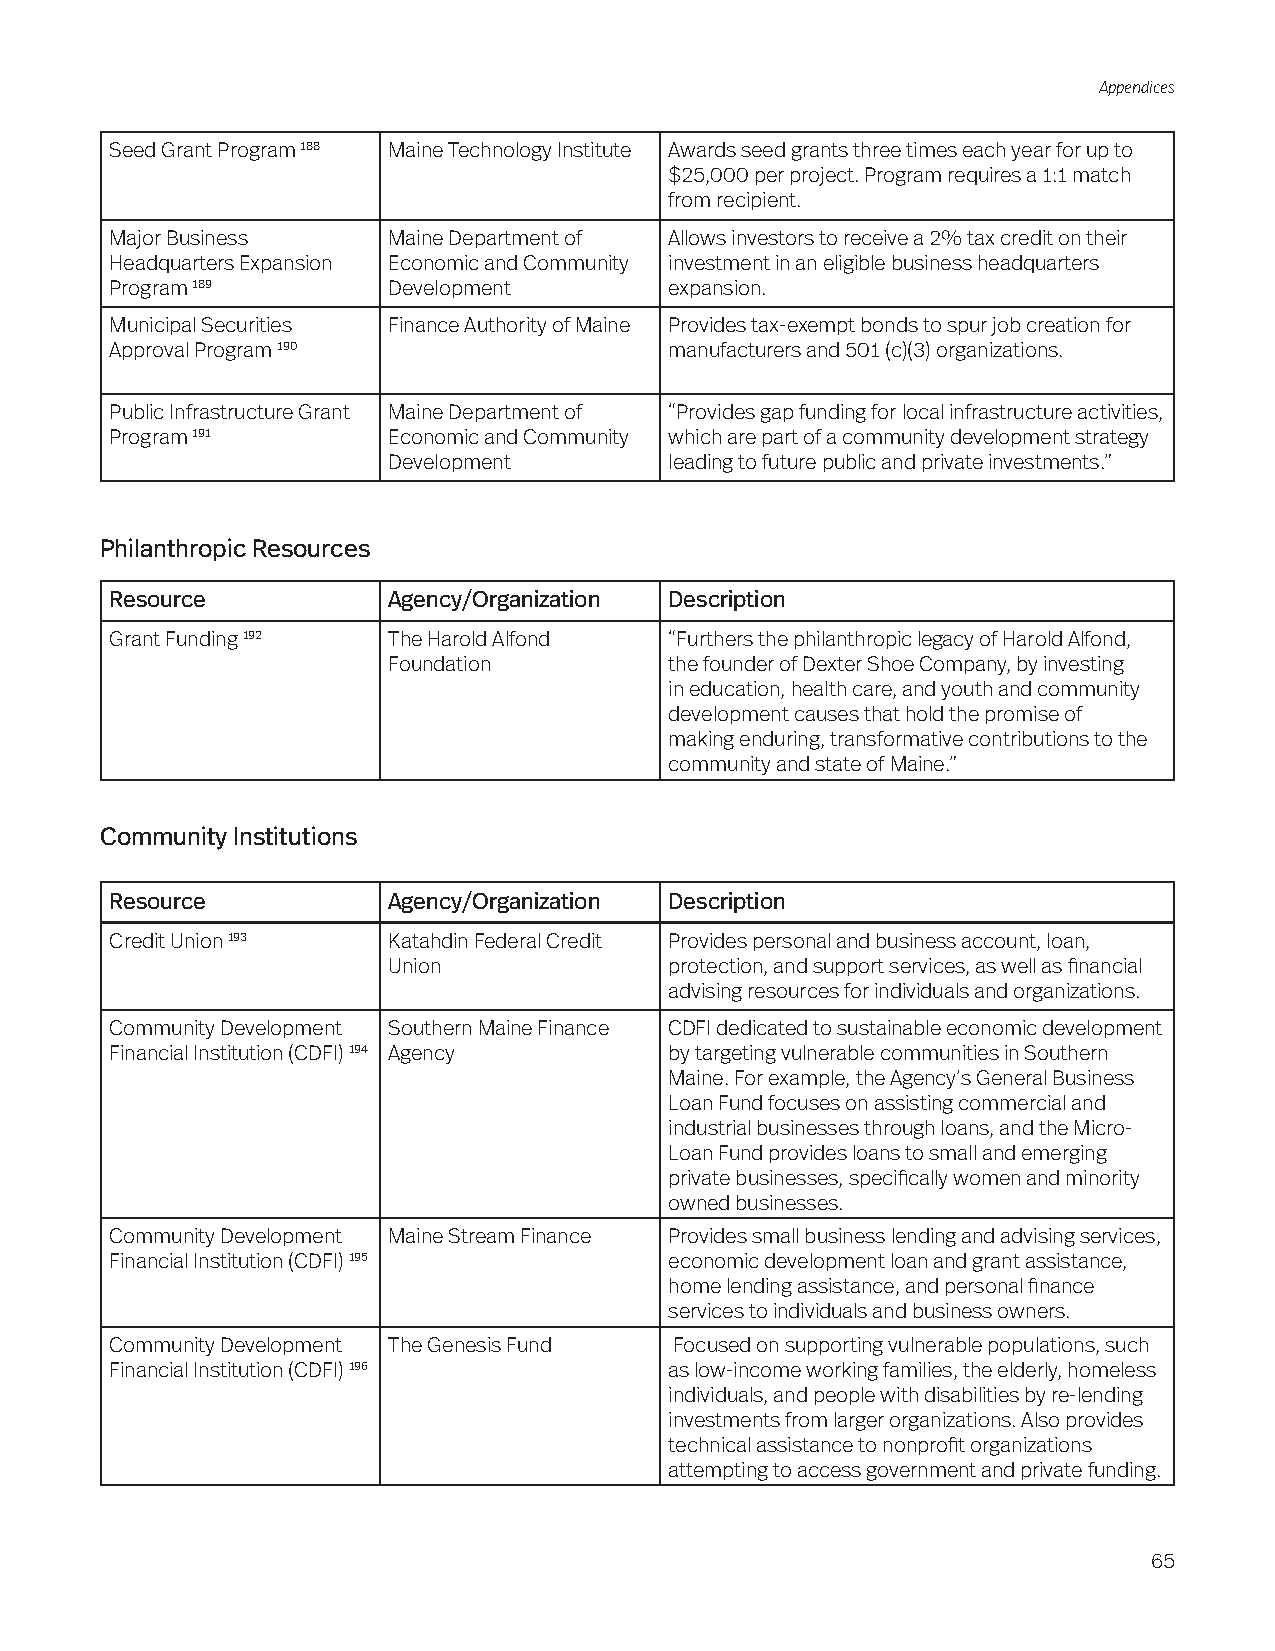
Appendices
 Seed Grant Program 188 Maine Technology Institute Awards seed grants three times each year for up to
 $25,000 per project. Program requires a 1:1 match
 from recipient.
 Major Business     Maine Department of Allows investors to receive a 2% tax credit on their
 Headquarters Expansion Economic and Community investment in an eligible business headquarters
 Program 189        Development       expansion.
 Municipal Securities Finance Authority of Maine Provides tax-exempt bonds to spur job creation for
 Approval Program 190                 manufacturers and 501 (c)(3) organizations.
 Public Infrastructure Grant Maine Department of “Provides gap funding for local infrastructure activities,
 Program 191        Economic and Community which are part of a community development strategy
 Development       leading to future public and private investments.”
 Philanthropic Resources
 Resource           Agency/Organization Description
 Grant Funding 192  The Harold Alfond “Furthers the philanthropic legacy of Harold Alfond,
 Foundation        the founder of Dexter Shoe Company, by investing
 in education, health care, and youth and community
 development causes that hold the promise of
 making enduring, transformative contributions to the
 community and state of Maine.”
 Community Institutions
 Resource           Agency/Organization Description
 Credit Union 193   Katahdin Federal Credit Provides personal and business account, loan,
 Union             protection, and support services, as well as financial
 advising resources for individuals and organizations.
 Community Development Southern Maine Finance CDFI dedicated to sustainable economic development
 Financial Institution (CDFI) 194 Agency by targeting vulnerable communities in Southern
 Maine. For example, the Agency’s General Business
 Loan Fund focuses on assisting commercial and
 industrial businesses through loans, and the Micro-
 Loan Fund provides loans to small and emerging
 private businesses, specifically women and minority
 owned businesses.
 Community Development Maine Stream Finance Provides small business lending and advising services,
 Financial Institution (CDFI) 195     economic development loan and grant assistance,
 home lending assistance, and personal finance
 services to individuals and business owners.
 Community Development The Genesis Fund Focused on supporting vulnerable populations, such
 Financial Institution (CDFI) 196     as low-income working families, the elderly, homeless
 individuals, and people with disabilities by re-lending
 investments from larger organizations. Also provides
 technical assistance to nonprofit organizations
 attempting to access government and private funding.
 65